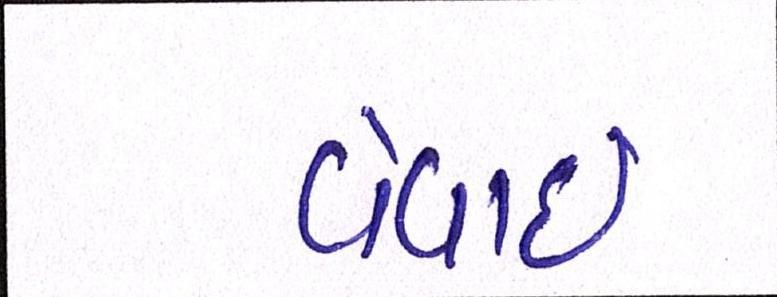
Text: વેવાઈ